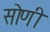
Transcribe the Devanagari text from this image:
सोणी